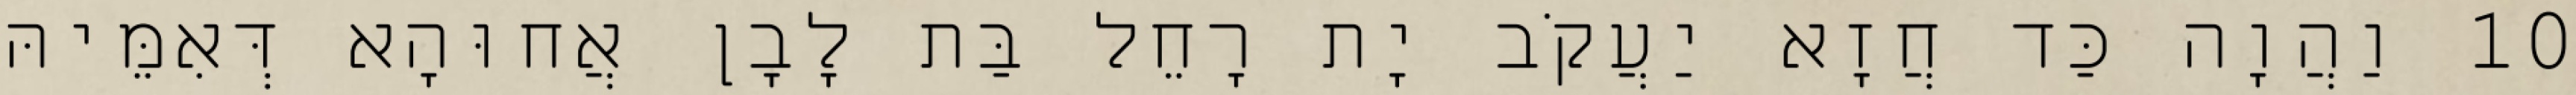
10 וַהֲוָה כַּד חֲזָא יַעֲקֹב יָת רָחֵל בַּת לָבָן אֲחוּהָא דְּאִמֵּיהּ